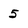
Character: 5